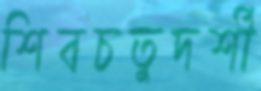
শিবচতুদর্শী